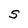
Character: S